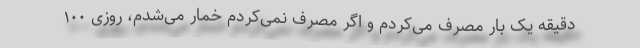
دقیقه یک بار مصرف می‌کردم و اگر مصرف نمی‌کردم خمار می‌شدم، روزی ۱۰۰